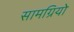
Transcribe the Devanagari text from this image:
सामग्रियो